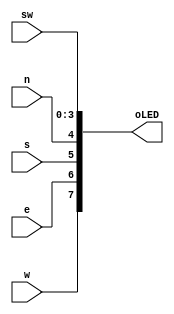
module test(
	input w, e, s, n,
	input [3:0] sw,
	output [7:0] oLED
);

assign oLED = {w, e, s, n, sw};

endmodule